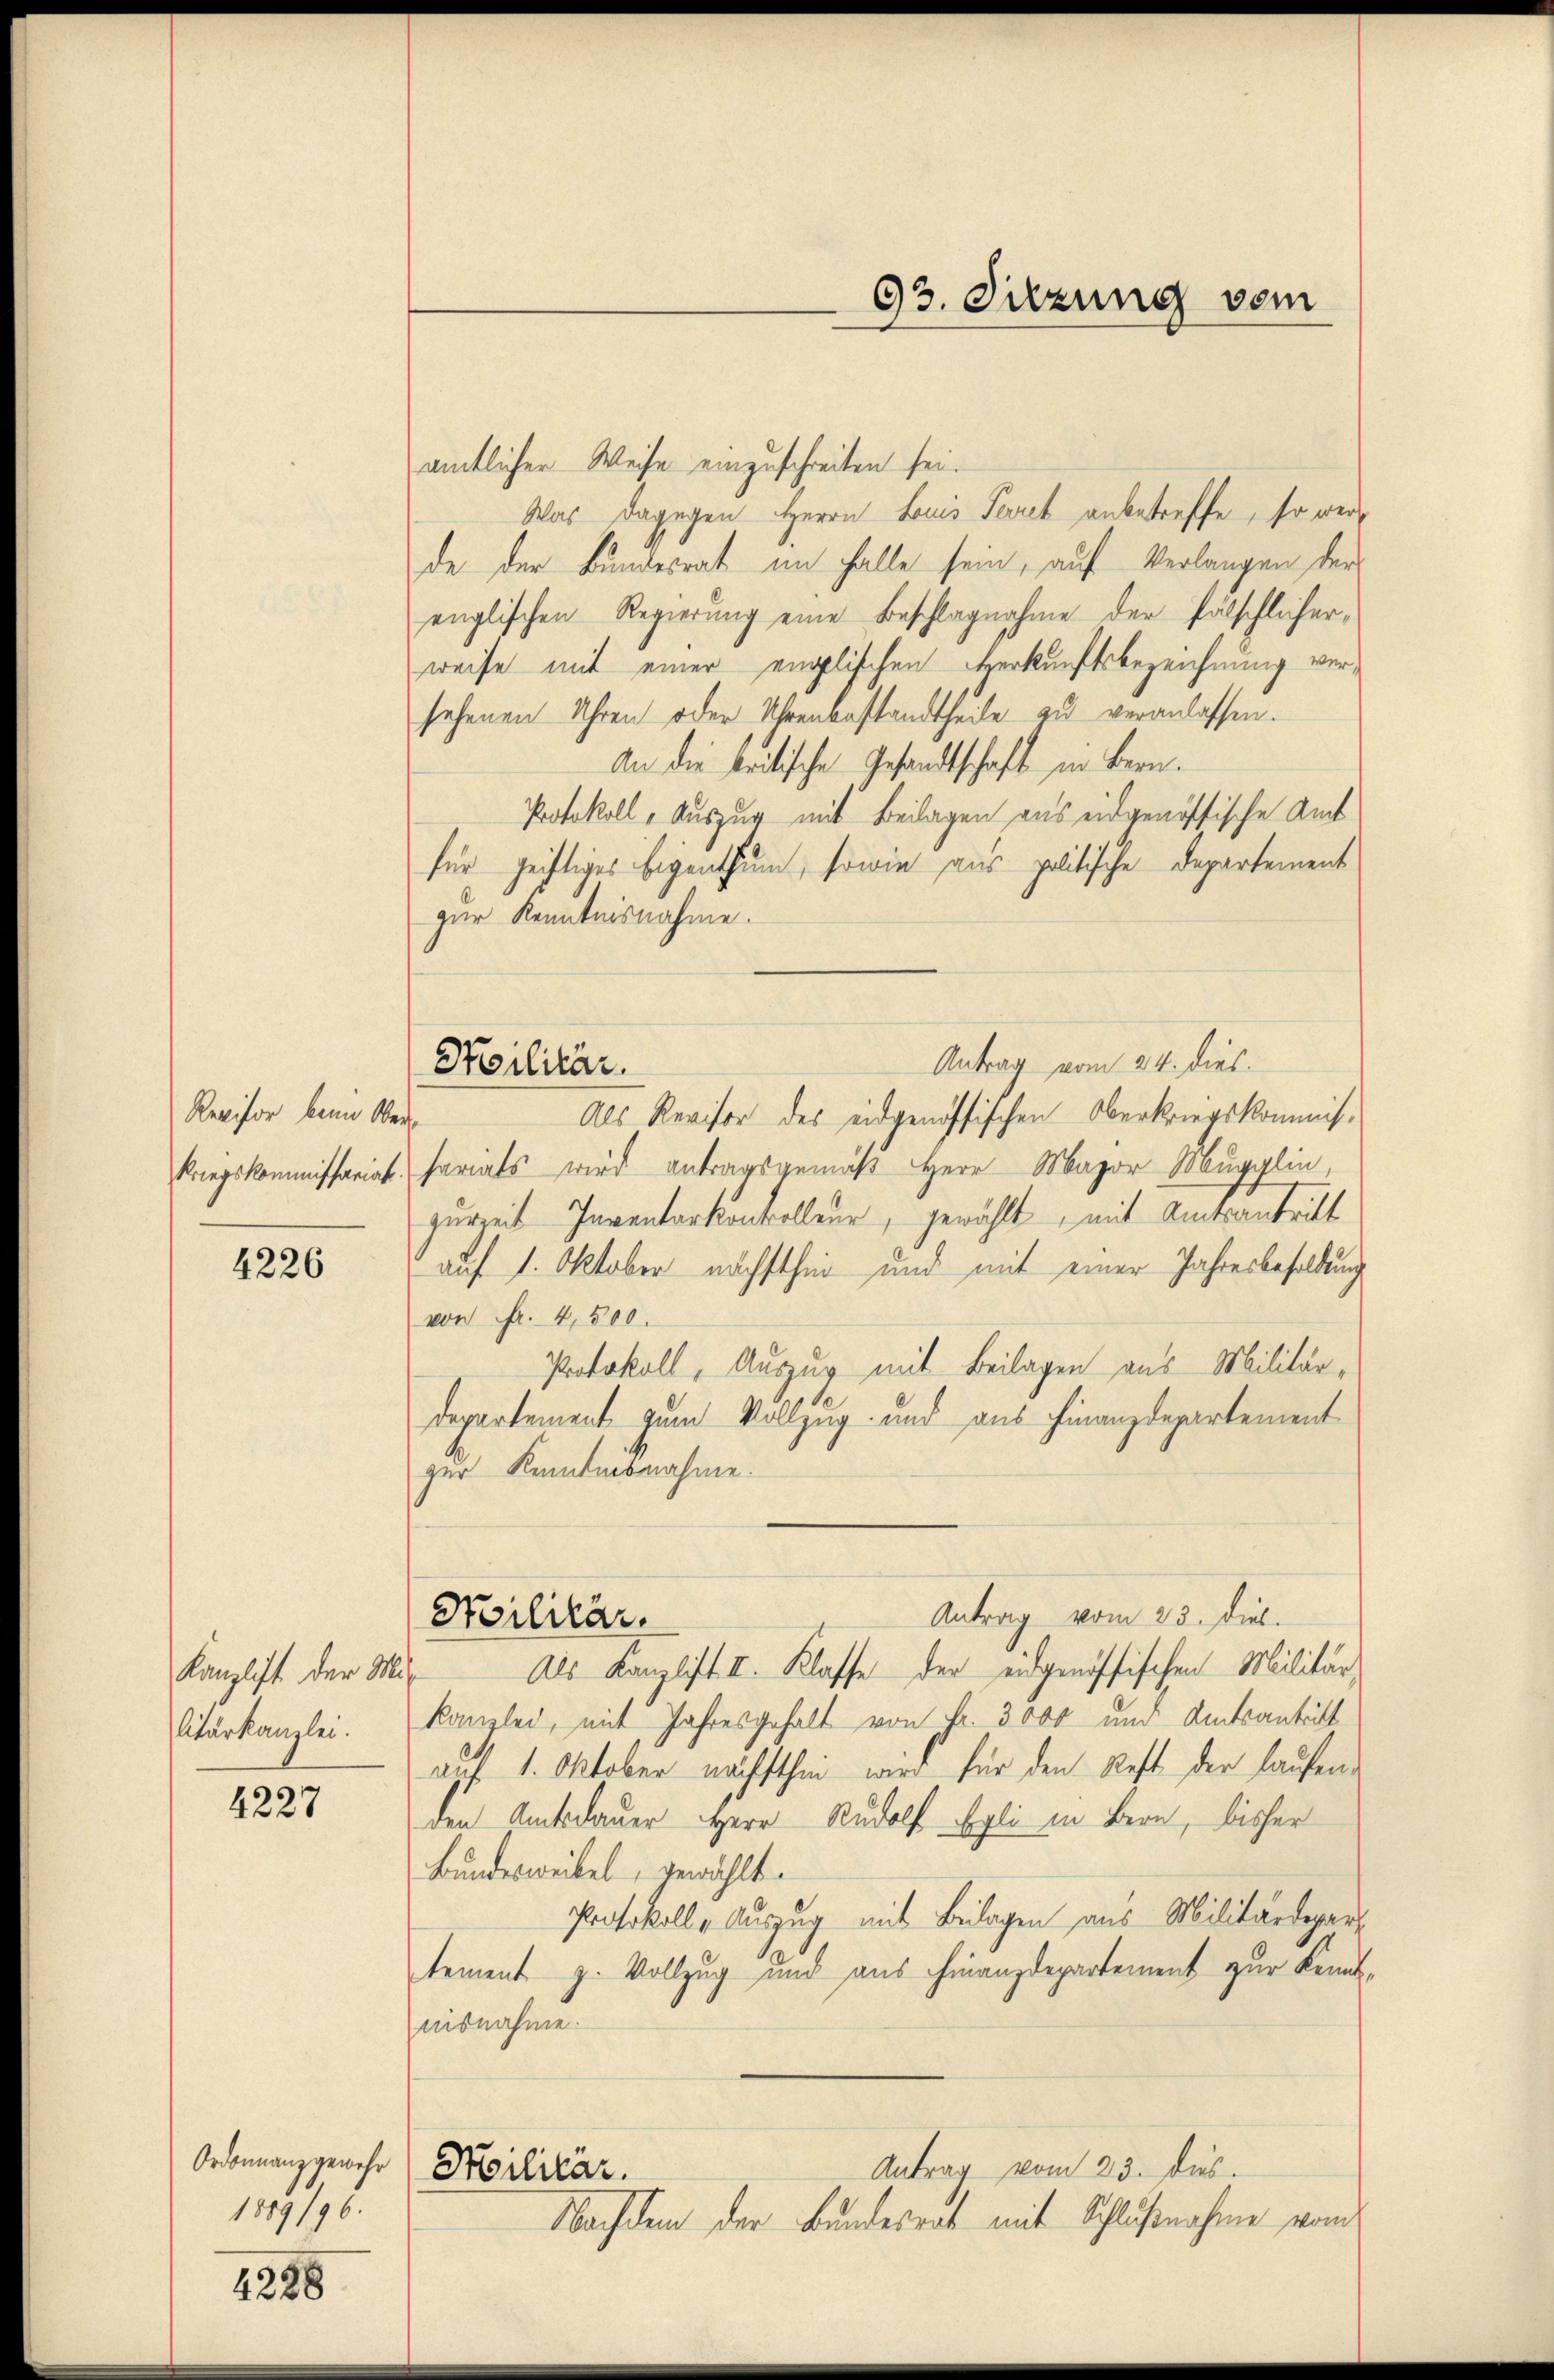
Revisor beim Oberkriegskommissariat.

4226

Kanzlist der Mit
Atärkanzlei.

4227

Ordonnanz gewehr
1889/96.

4228

Poilitär.

93. Sitzung vom

amtlicher Weise einzuschreiten sei.
Was dagegen Herrn Louis Parek anbetreffe, so werde der Bundesrat im Falle sein, auf Verlangen der
englischen Regierung eine Beschlagnahme der fälschlicher,
weise mit einer englischen Herkunftsbezeichnung versehenen Uhren oder Uhrenanstandtheile zu veranlassen.
An die kritische Gesandtschaft in Bern.
Protokoll - Auszug mit Beilagen aus eidgenössische Amt
für geistiges Eigenthum, sowie aus politische Departement
zur Kenntnisnahme.
Antrag vom 24. dies
Als Revisor des eidgenössischen Oberkriegskommissariats wird antragsgemäß Herr Major Mugglin,
zureit Inventarkontrolleur, gewählt, mit Amtsantritt
auf 1. Oktober nächsthin und mit einer Jahresbesoldung
von Fr. 4,500.
Protokoll, Auszug mit Beilagen aus Militär¬
Departement zum Vollzug und aus Finanzdepartement
zur Kenntnisnahme.
Antrag vom 23. Diel.
Noilitär.
Als Kanzlist II. Klasse der eidgenössischen Militärkanzlei, mit Jahresgehalt von Fr. 3000 und Amtsantritt
auf 1. Oktober nächsthin wird für den Rest der laufenden Amtsdauer Herr Rudolf Egli in Bern, bisher
Bundesweibel, gewählt.
Protokoll & Auszug mit Beilagen aus Militärdepart
tement z. Vollzug und aus Finanzdepartement zur Kennt-
aisnahme.
Antrag vom 23. ds.
Militär.
Nachdem der Bundesrat mit Schlußnahme vom